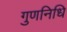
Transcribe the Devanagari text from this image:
गुणनिधि